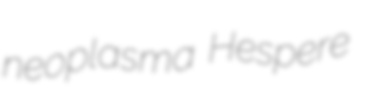
neoplasma Hespere